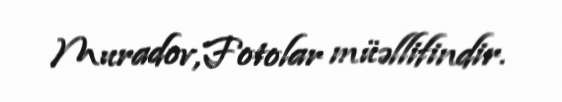
Muradov,Fotolar müəllifindir.